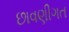
છાવણીગત